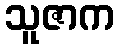
သူဇာက